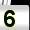
Digit: 5